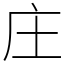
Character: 庄